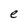
Character: e